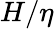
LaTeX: H/\eta